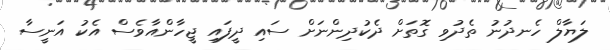
ލަޔާލް ހެނދުނު ތެދުވި ގޮތަށް ދެކުދިންނަށް ސައި ދީފައި ޖީހާންއާވެސް އެކު އަނީސާ